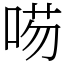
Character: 㖴